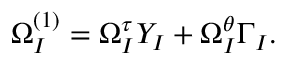
\Omega _ { \cal I } ^ { ( 1 ) } = \Omega _ { \cal I } ^ { \tau } Y _ { \cal I } + \Omega _ { \cal I } ^ { \theta } \Gamma _ { \cal I } .